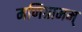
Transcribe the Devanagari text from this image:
मणिग्रामम्